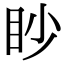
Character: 眇